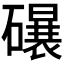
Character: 𱴸